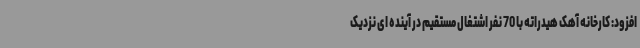
افزود: کارخانه آهک هیدراته با 70 نفر اشتغال مستقیم در آینده ای نزدیک